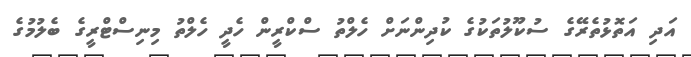
އަދި އަތޮޅުތެރޭގެ ސުކޫލުތަކުގެ ކުދިންނަށް ހެލްތު ސްކްރީން ހެދީ ހެލްތު މިނިސްޓްރީގެ ބެލުމުގެ